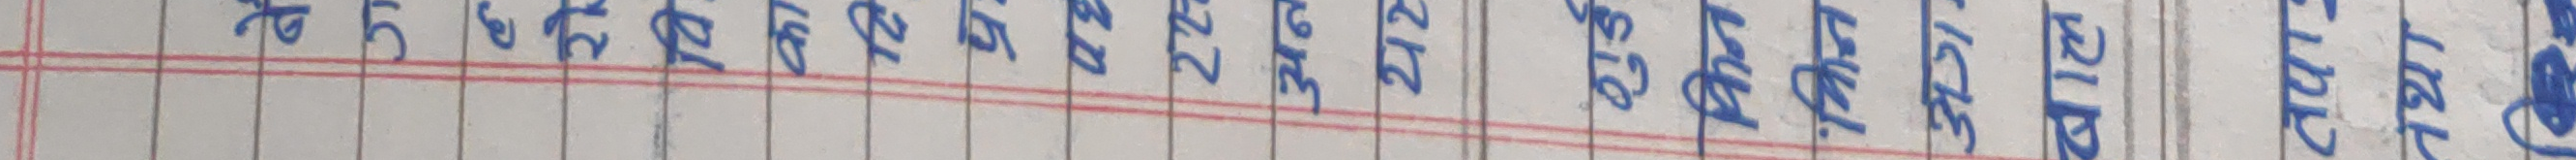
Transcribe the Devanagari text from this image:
बै
रो
वि
का
दि
प्र
σε
22
अन
212
गुर्ड
किन
किन
अग
बाल
तपा